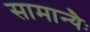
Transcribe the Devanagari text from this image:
सामान्यैः